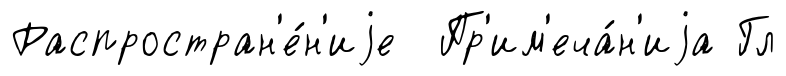
Распростран'е́н'иjе Пр'им'еча́н'иjа Гл